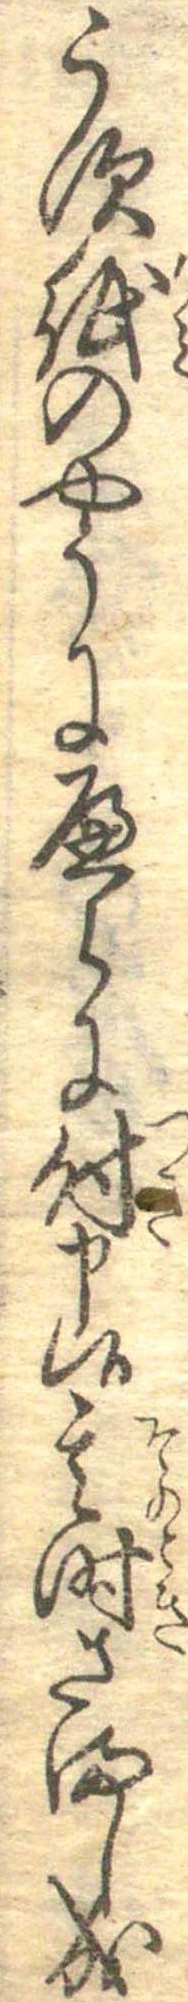
うす紙のやうにへらに付申候其時さまし成